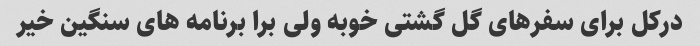
درکل برای سفرهای گل گشتی خوبه ولی برا برنامه های سنگین خیر